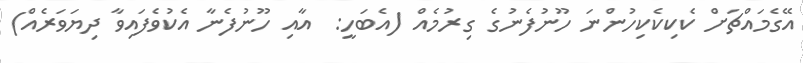
އޭގެމައްޗަށް ކެކިކެކިހުންނަ ހޫނުފެނުގެ ގިރުމެއް (އެބަހީ:  އާއި ހޫނުފެނާ އެކުވެފައިވާ ދިޔަވަރެއްް)